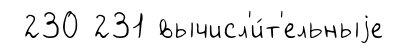
230 231 вычисл'и́т'ельныjе